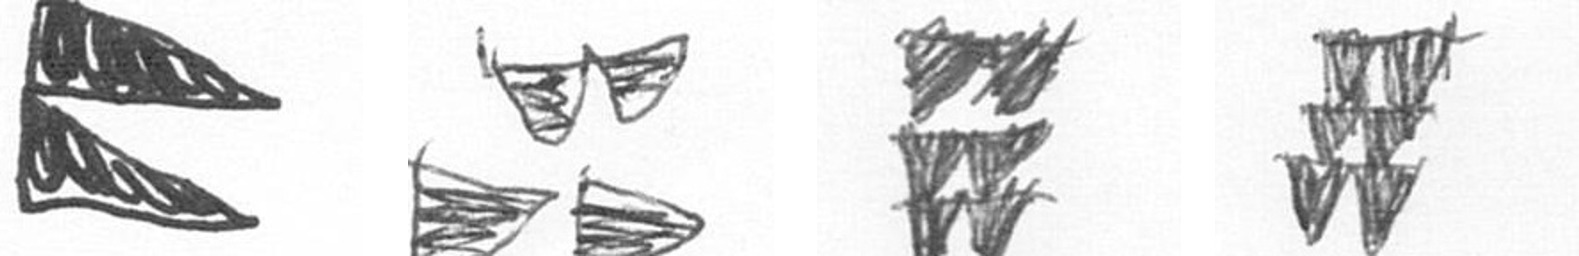
P B Y Y